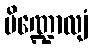
ပိဏ္ဍောလျံ